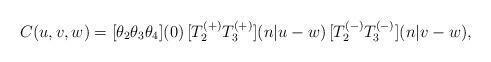
LaTeX: \begin{align*}C(u,v,w)={[}\theta_{2}\theta_{3}\theta_{4}{]}(0)\, {[}T^{(+)}_{2}T^{(+)}_{3}{]}(n|u-w)\, {[}T^{(-)}_{2}T^{(-)}_{3}{]}(n|v-w), \end{align*}